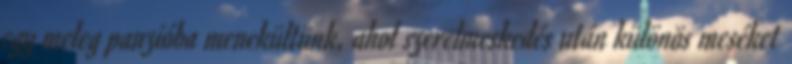
egy meleg panzióba menekültünk, ahol szerelmeskedés után különös meséket